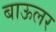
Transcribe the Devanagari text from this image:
बाऊलर